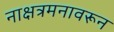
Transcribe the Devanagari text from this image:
नाक्षत्रमनावरून